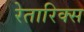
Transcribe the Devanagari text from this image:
रेतारिक्स